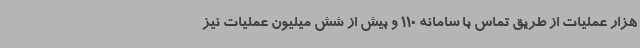
هزار عملیات از طریق تماس با سامانه 110 و بیش از شش میلیون عملیات نیز